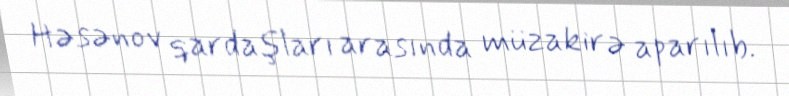
Həsənov qardaşları arasında müzakirə aparılıb.